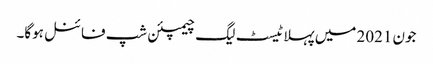
جون 2021 میں پہلا ٹیسٹ لیگ چیمپئن شپ فائنل ہوگا۔